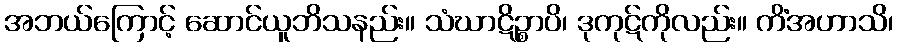
အဘယ်ကြောင့် ဆောင်ယူဘိသနည်း။ သံဃာဋိဉ္စာပိ၊ ဒုကုဋ်ကိုလည်း။ ကိံအဟာသိ၊